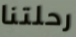
رحلتنا